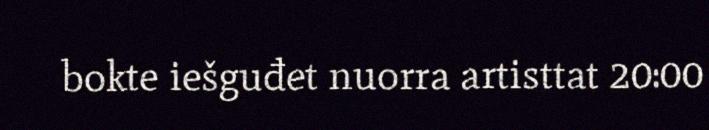
bokte iešguđet nuorra artisttat 20:00